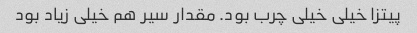
پیتزا خیلی خیلی چرب بود. مقدار سیر هم خیلی زیاد بود